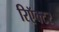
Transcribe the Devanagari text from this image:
रिऍक्टर